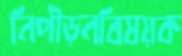
নিপীড়নবিষয়ক